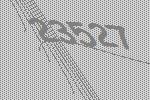
23527